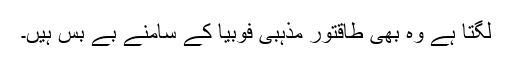
لگتا ہے وہ بھی طاقتور مذہبی فوبیا کے سامنے بے بس ہیں۔